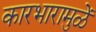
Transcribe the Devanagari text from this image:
कारभारामुळें